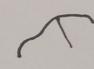
Signature authenticity: forged